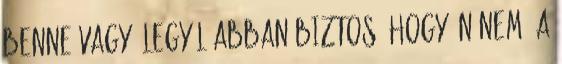
benne vagy, legyél abban biztos, hogy Én nem. A